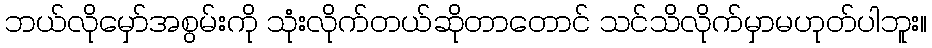
ဘယ်လိုမှော်အစွမ်းကို သုံးလိုက်တယ်ဆိုတာတောင် သင်သိလိုက်မှာမဟုတ်ပါဘူး။